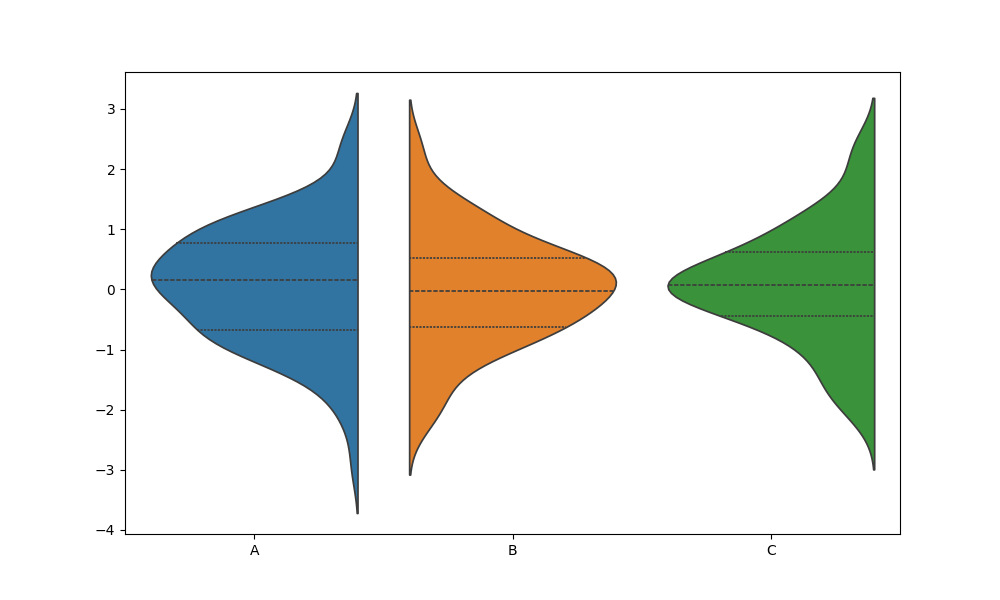
python, seaborn, violinplot, scale='area', split='True', inner='quart', fill='True'